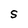
Character: S